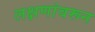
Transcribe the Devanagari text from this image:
लक्षणांवरून